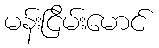
မန်းငြိမ်းမောင်